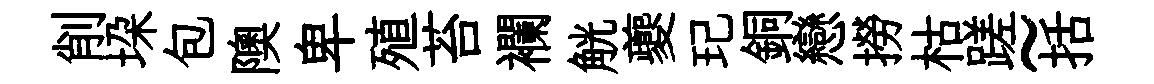
削垜包隩卑殖苔襴觥夔玘銅戀撈枯蹉~括